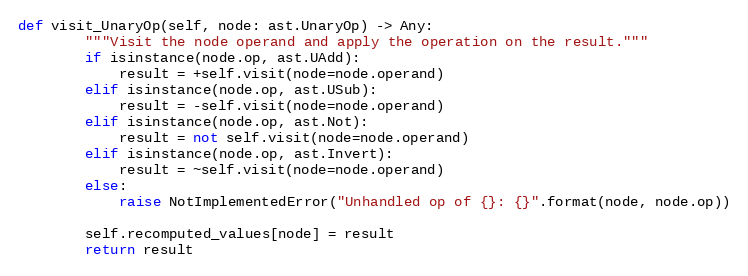
Language: Python
def visit_UnaryOp(self, node: ast.UnaryOp) -> Any:
        """Visit the node operand and apply the operation on the result."""
        if isinstance(node.op, ast.UAdd):
            result = +self.visit(node=node.operand)
        elif isinstance(node.op, ast.USub):
            result = -self.visit(node=node.operand)
        elif isinstance(node.op, ast.Not):
            result = not self.visit(node=node.operand)
        elif isinstance(node.op, ast.Invert):
            result = ~self.visit(node=node.operand)
        else:
            raise NotImplementedError("Unhandled op of {}: {}".format(node, node.op))

        self.recomputed_values[node] = result
        return result